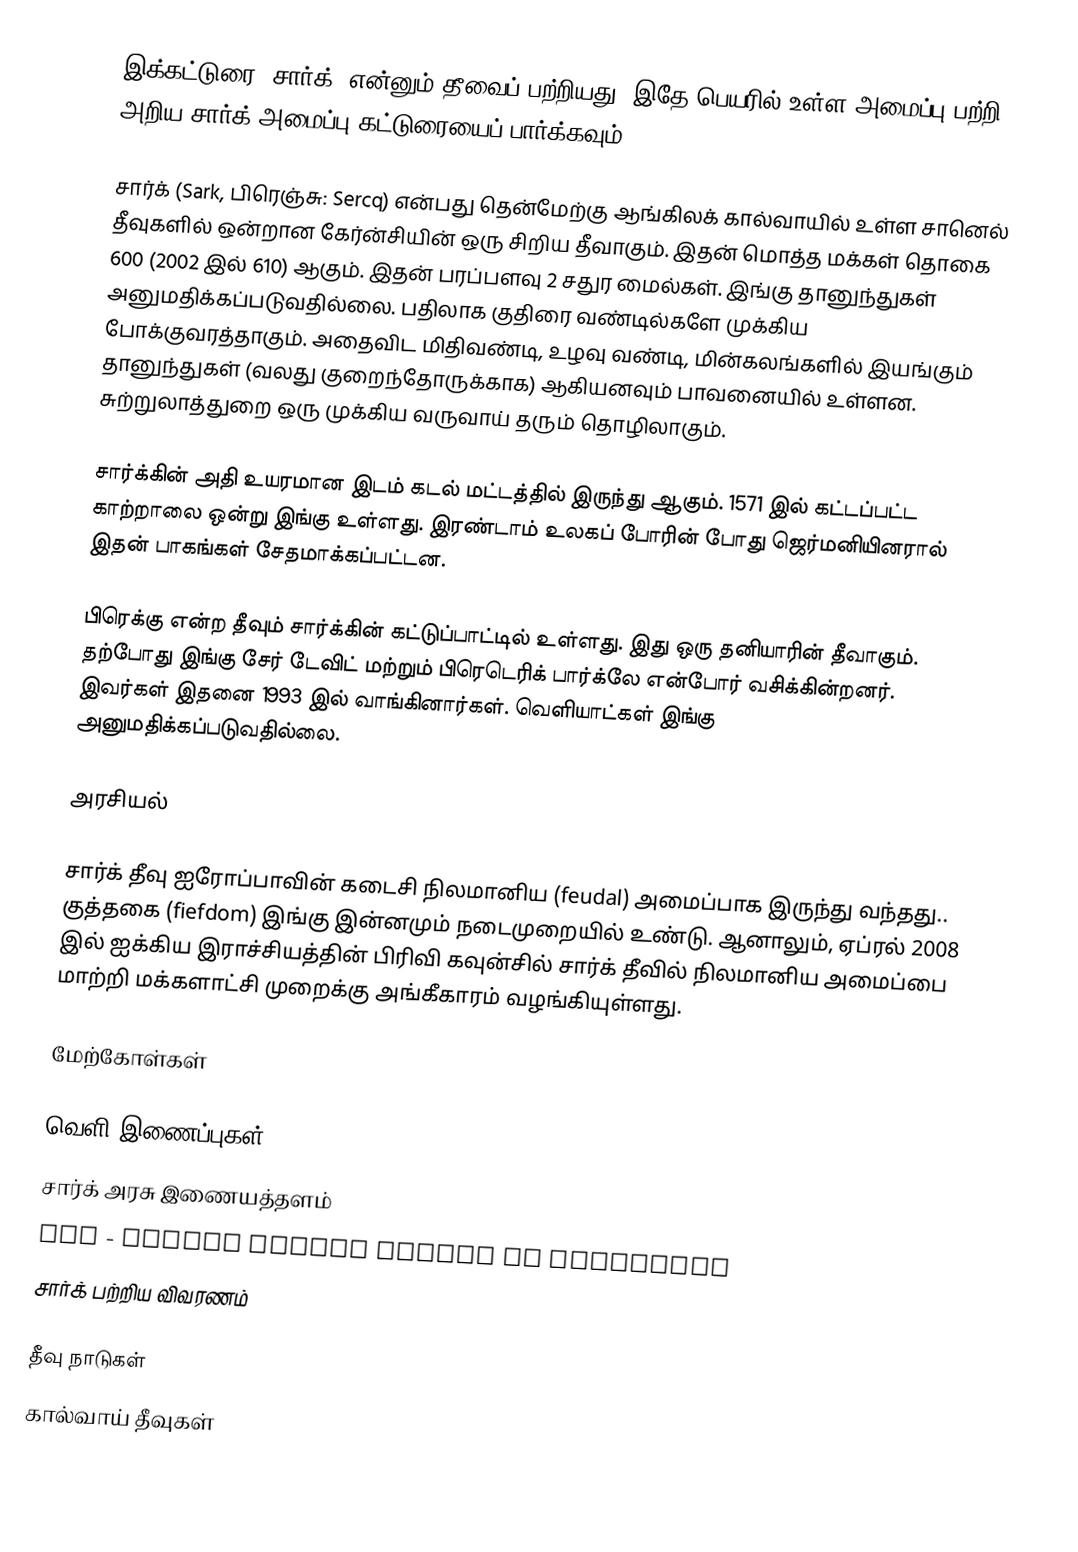
இக்கட்டுரை "சார்க்" என்னும் தீவைப் பற்றியது. இதே பெயரில் உள்ள அமைப்பு பற்றி அறிய சார்க் அமைப்பு கட்டுரையைப் பார்க்கவும்.

சார்க் (Sark, பிரெஞ்சு: Sercq) என்பது தென்மேற்கு ஆங்கிலக் கால்வாயில் உள்ள சானெல் தீவுகளில் ஒன்றான கேர்ன்சியின் ஒரு சிறிய தீவாகும். இதன் மொத்த மக்கள் தொகை 600 (2002 இல் 610) ஆகும். இதன் பரப்பளவு 2 சதுர மைல்கள். இங்கு தானுந்துகள் அனுமதிக்கப்படுவதில்லை. பதிலாக குதிரை வண்டில்களே முக்கிய போக்குவரத்தாகும். அதைவிட மிதிவண்டி, உழவு வண்டி, மின்கலங்களில் இயங்கும் தானுந்துகள் (வலது குறைந்தோருக்காக) ஆகியனவும் பாவனையில் உள்ளன. சுற்றுலாத்துறை ஒரு முக்கிய வருவாய் தரும் தொழிலாகும்.

சார்க்கின் அதி உயரமான இடம் கடல் மட்டத்தில் இருந்து  ஆகும். 1571 இல் கட்டப்பட்ட காற்றாலை ஒன்று இங்கு உள்ளது.  இரண்டாம் உலகப் போரின் போது ஜெர்மனியினரால் இதன் பாகங்கள் சேதமாக்கப்பட்டன.

பிரெக்கு என்ற தீவும் சார்க்கின் கட்டுப்பாட்டில் உள்ளது. இது ஒரு தனியாரின் தீவாகும். தற்போது இங்கு சேர் டேவிட் மற்றும் பிரெடெரிக் பார்க்லே என்போர் வசிக்கின்றனர். இவர்கள் இதனை 1993 இல் வாங்கினார்கள். வெளியாட்கள் இங்கு அனுமதிக்கப்படுவதில்லை.

அரசியல்

சார்க் தீவு ஐரோப்பாவின் கடைசி நிலமானிய (feudal) அமைப்பாக இருந்து வந்தது.. குத்தகை (fiefdom) இங்கு இன்னமும் நடைமுறையில் உண்டு. ஆனாலும், ஏப்ரல் 2008 இல் ஐக்கிய இராச்சியத்தின் பிரிவி கவுன்சில் சார்க் தீவில் நிலமானிய அமைப்பை மாற்றி மக்களாட்சி முறைக்கு அங்கீகாரம் வழங்கியுள்ளது.

மேற்கோள்கள்

வெளி இணைப்புகள்
 சார்க் அரசு இணையத்தளம்
 BBC - Feudal island brings in democracy
 சார்க் பற்றிய விவரணம்

தீவு நாடுகள்
கால்வாய் தீவுகள்